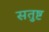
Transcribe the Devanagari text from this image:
सतुष्ट